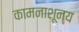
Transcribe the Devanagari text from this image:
कामनाशून्य